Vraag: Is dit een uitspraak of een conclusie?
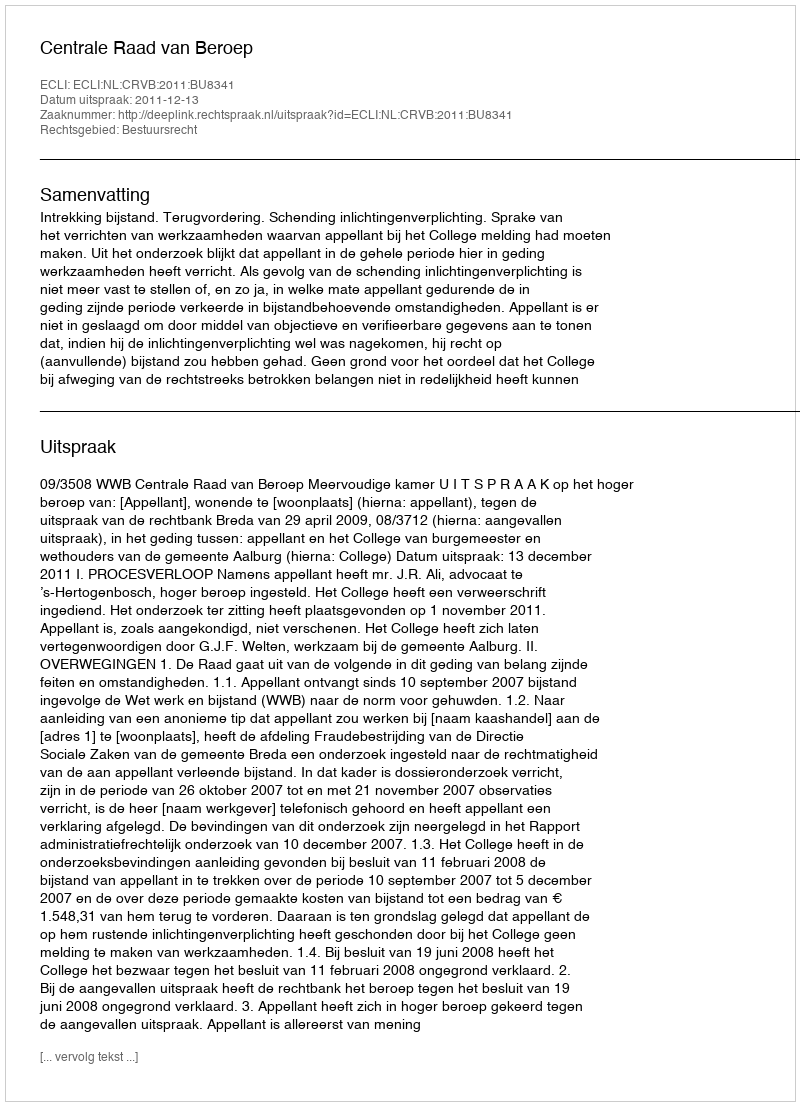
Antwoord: Uitspraak